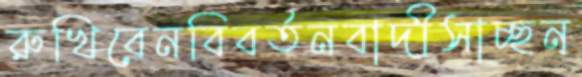
রুখিবেনবিবর্তনবাদীসাচ্ছন্